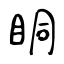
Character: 眮